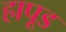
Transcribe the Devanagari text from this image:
हापूड